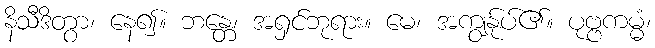
နိသီဒိတွာ၊ နေ၍။ ဘန္တေ၊ အရှင်ဘုရား။ မေ၊ အကျွန်ုပ်၏။ ပုဗ္ဗကမ္မံ၊